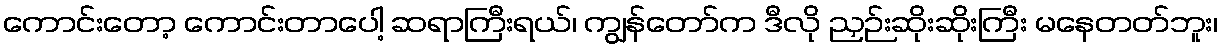
ကောင်းတော့ ကောင်းတာပေါ့ ဆရာကြီးရယ်၊ ကျွန်တော်က ဒီလို ညှဉ်းဆိုးဆိုးကြီး မနေတတ်ဘူး၊